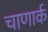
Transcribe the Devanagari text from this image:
चाणार्क